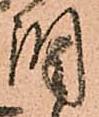
調